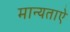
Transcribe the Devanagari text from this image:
मान्यताऐ